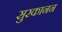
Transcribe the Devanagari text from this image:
सुरकानन